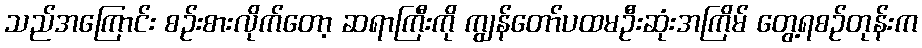
သည်အကြောင်း စဉ်းစားလိုက်တော့ ဆရာကြီးကို ကျွန်တော်ပထမဦးဆုံးအကြိမ် တွေ့ရစဉ်တုန်းက